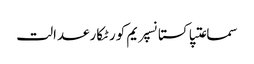
سماعتپاکستانسپریم کورٹکارعدالت